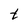
Character: t